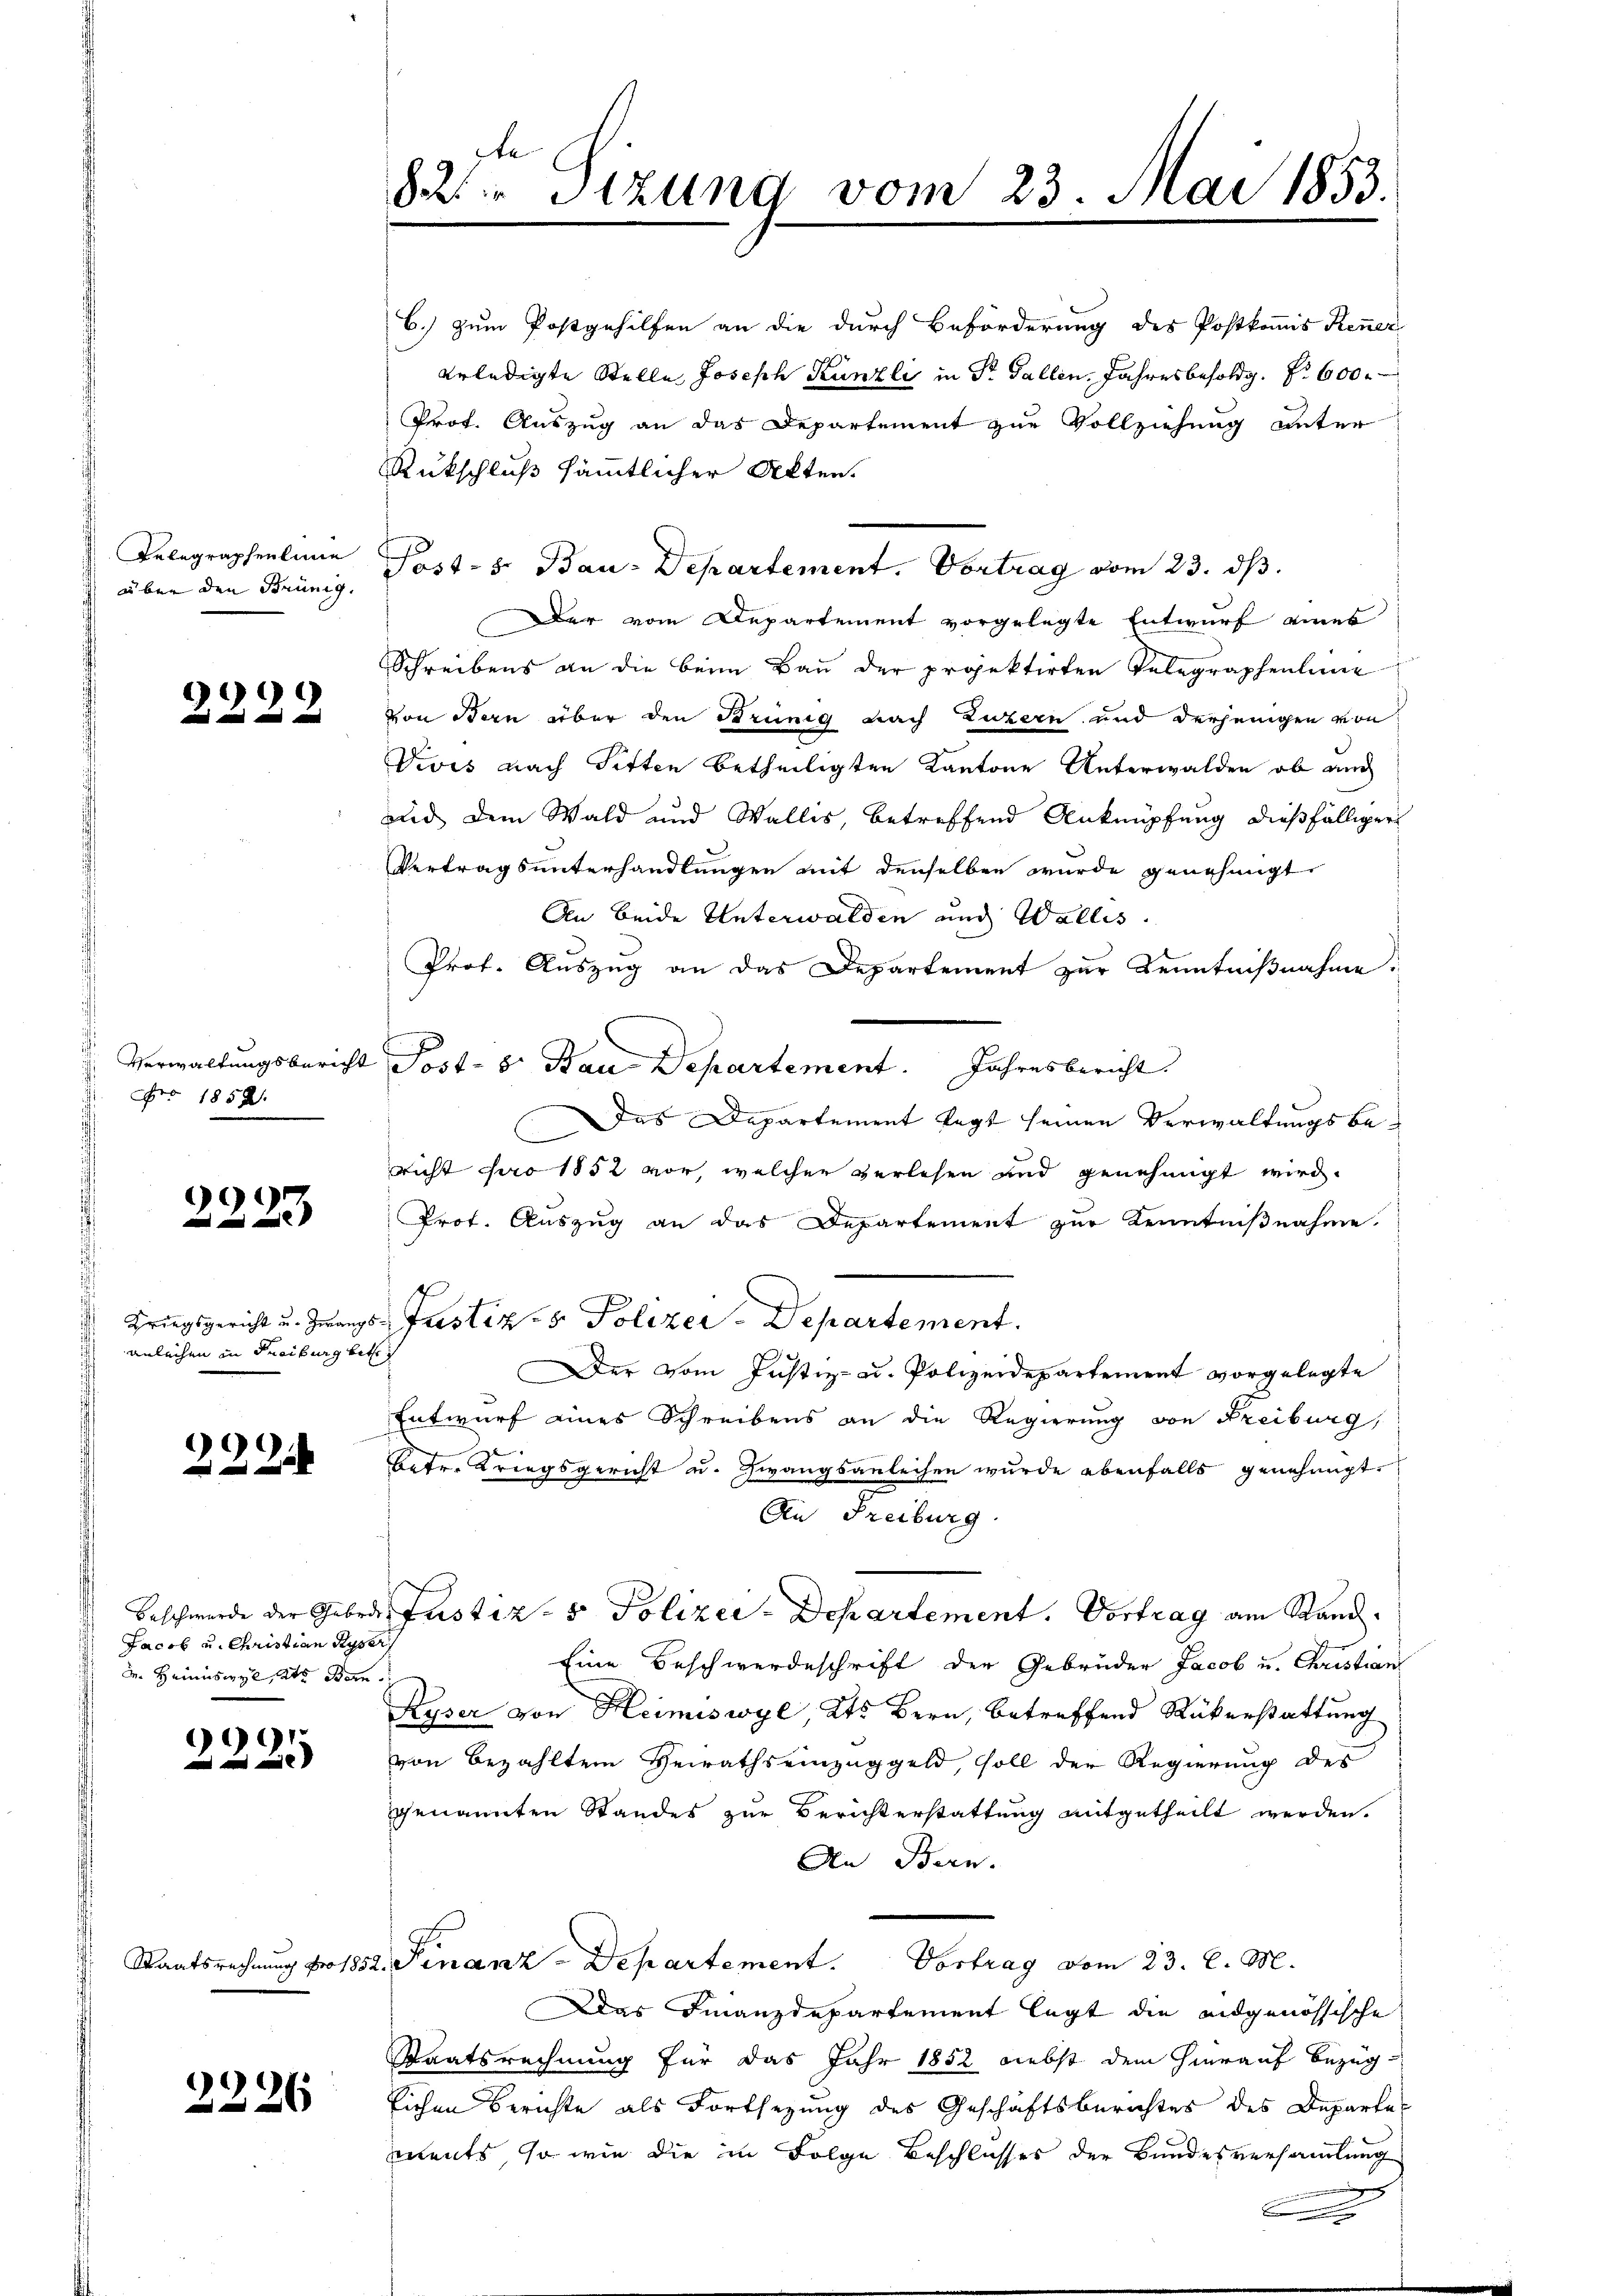
Belegraphenlinie
 über den Brünig.

999

Nro 1852.

9

anleihen in Freiburg betr

222

Jacob u. Christian Ryser
 I. Heimiswyl, als Bern.

9991

2226

82. Sizung vom 23. Mai 1853.

6.) zum Postgehilfen an die durch Beförderung des Postkommis Renner
erledigte Stelle Joseph Künzli in Dr. Gallen, Jahresbesoldg. S. 600

Prof. Auszug an das Departement zur Vollziehung unter
Rückschluß sämmtlicher Akten.
Post-B. Bau-Departement. Vortrag vom 23. dβ.
Der vom Departement vorgelegte Entwurf eines
Schreibens an die beim Bau der projektirten Telegraphenlin
Von Bern über den Brünig nach Luzern und derjenigen von
Vivis nach Fitten betheiligten Kantone Unterwalden ob auch
und dem Wald und Wallis, betreffend Anknüpfung dießfälliger
Vertragsunterhandlungen mit denselben wurde genehmigt
An beide Unterwalden und Wallis.
Prof. Auszug an das Departement zur Kenntnißnahme.
Verwaltungsbericht Post- & Bau-Departement. Jahresbericht.
Das Departement legt seinen Verwaltungsbericht pro 1852 vor, welcher verlesen und genehmigt wird.
Prof. Auszug an das Departement zur Kenntnißnahme.
Kriegsgericht u. Zwangs Justiz- & Polizer-Departement.
Der vom Justiz- u. Polizeidepartement vorgelegte
Entwurf eines Schreibens an die Regierung von Freiburg,
e
Betr. Kriegsgericht u. Zwangsanleihen wurde ebenfalls genehmigt.
An Freiburg
Beschwerde der Gebrdes Justiz- & Polizei-Departement. Vortrag am Rand
Eine Beschwerdeschrift der Gebrüder Jacob u. Christian
Ryser von Heimiswyl, Kts Bern, betreffend Rükerstattung
von bezahlten Herraths einzuggeld, soll der Regierung des
genannten Standes zur Berichterstattung mitgetheilt werden.
An Bern.
Staatsrechnung pro 1852. Finanz-Departement. Vortrag vom 23. d. M.
Das Finanzdepartement legt die eidgenössische
Staatsrechnung für das Jahr 1852 nebst dem hierauf Bezug
lichen Berichte als Fortsezung des Geschäftsberichtes des Departe
ments, so wie die in Folge Beschlusses der Bundesversammlung
e